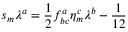
s _ { m } \lambda ^ { a } = \frac { 1 } { 2 } f _ { b c } ^ { a } \eta _ { m } ^ { c } \lambda ^ { b } - \frac { 1 } { 1 2 }